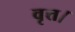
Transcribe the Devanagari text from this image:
वृत्त।